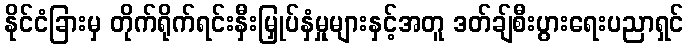
နိုင်ငံခြားမှ တိုက်ရိုက်ရင်းနှီးမြှုပ်နှံမှုများနှင့်အတူ ဒတ်ချ်စီးပွားရေးပညာရှင်